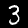
Label: 3